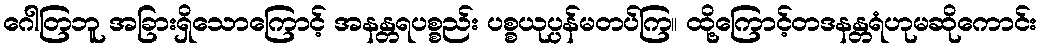
ဂေါတြဘူ အခြားရှိသောကြောင့် အနန္တရပစ္စည်း ပစ္စယုပ္ပန်မတပ်ကြ။ ထို့ကြောင့်တဒနန္တရံဟုမဆိုကောင်း